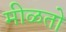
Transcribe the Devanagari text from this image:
मीळतो